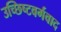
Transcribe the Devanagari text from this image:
उच्छिष्टवर्गवाद